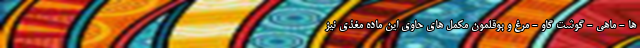
ها - ماهی - گوشت گاو - مرغ و بوقلمون مکمل های حاوی این ماده مغذی نیز